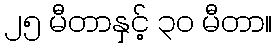
၂၅ မီတာနှင့် ၃၀ မီတာ။